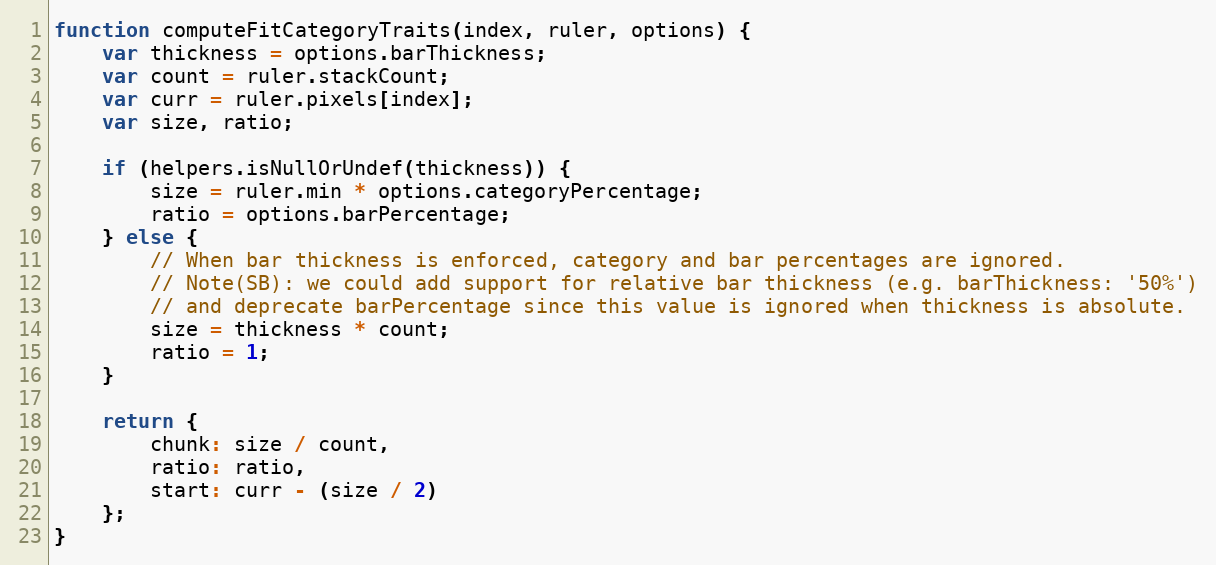
Language: JavaScript
function computeFitCategoryTraits(index, ruler, options) {
	var thickness = options.barThickness;
	var count = ruler.stackCount;
	var curr = ruler.pixels[index];
	var size, ratio;

	if (helpers.isNullOrUndef(thickness)) {
		size = ruler.min * options.categoryPercentage;
		ratio = options.barPercentage;
	} else {
		// When bar thickness is enforced, category and bar percentages are ignored.
		// Note(SB): we could add support for relative bar thickness (e.g. barThickness: '50%')
		// and deprecate barPercentage since this value is ignored when thickness is absolute.
		size = thickness * count;
		ratio = 1;
	}

	return {
		chunk: size / count,
		ratio: ratio,
		start: curr - (size / 2)
	};
}